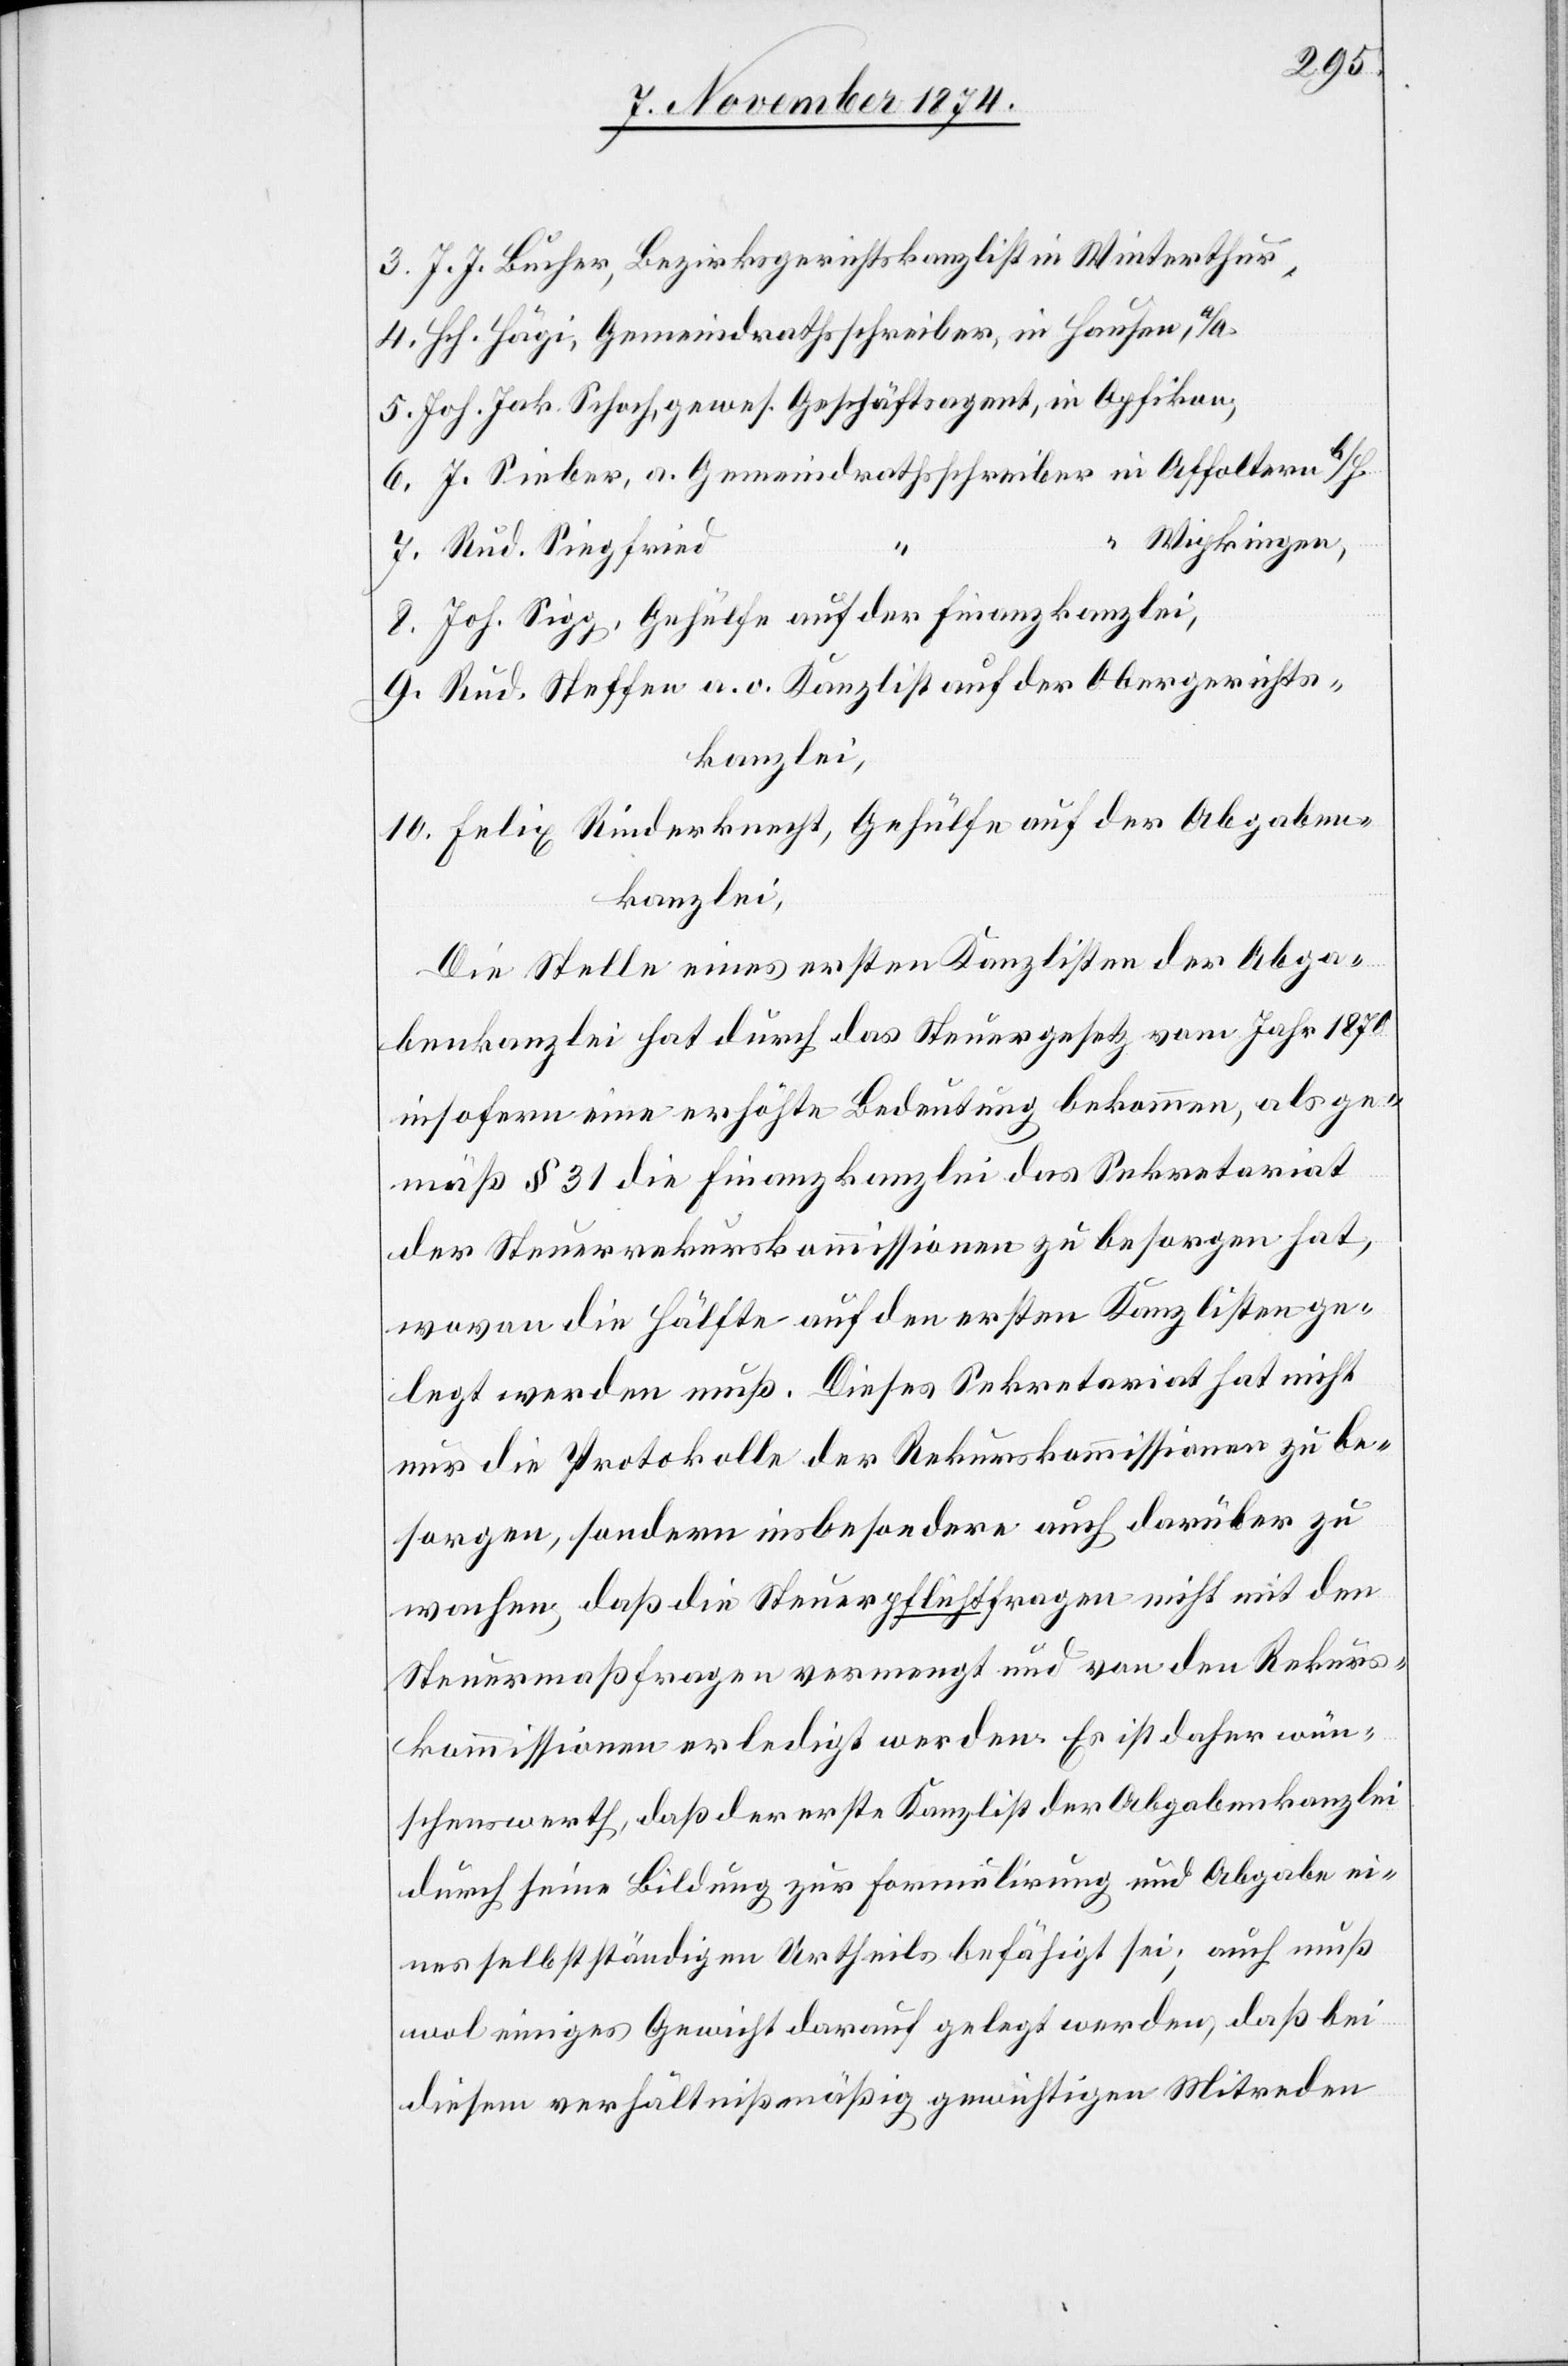
3. J. J. Bucher, Bezirksgerichtskanzlist in Winterthur,
4. Hch. Hägi, Gemeindrathsschreiber, in Hausen, a/A.
5. Joh. Jak. Schoch, gewes. Geschäftsagent, in Opfikon,
6. J. Sieber, a. Gemeindrathsschreiber in Affoltern b/H.
“ Wipkingen,
7. Rud. Siegfried
8. Joh. Sigg, Gehülfe auf der Finanzkanzlei,
9. Rud. Steffen a. o. Kanzlist auf der Obergerichts¬
kanzlei,
10. Felix Rinderknecht, Gehülfe auf der Abgaben¬
kanzlei.
Die Stelle eines ersten Kanzlisten der Abga¬
benkanzlei hat durch das Steuergesetz vom Jahr 1870
insofern eine erhöhte Bedeutung bekommen, als ge¬
mäß § 31 die Finanzkanzlei das Sekretariat
der Steuerrekurskommissionen zu besorgen hat,
wovon die Hälfte auf den ersten Kanzlisten ge¬
legt werden muß. Dieses Sekretariat hat nicht
nur die Protokolle der Rekurskommissionen zu be¬
sorgen, sondern insbesondere auch darüber zu
wachen, daß die Steuerpflichtfragen nicht mit den
Steuermaßfragen vermengt und von den Rekurs¬
kom[m]issionen erledigt werden. Es ist daher wün¬
schenswerth, daß der erste Kanzlist der Abgabenkanzlei
durch seine Bildung zur Formulirung und Abgabe ei¬
nes selbstständigen Urtheils befähigt sei; auch muß
wol einiges Gewicht darauf gelegt werden, daß bei
diesem verhältnißmäßig gewichtigen Mitreden